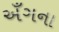
અઁગના